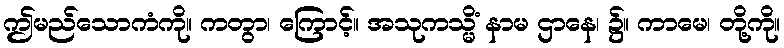
ဤမည်သောကံကို။ ကတွာ၊ ကြောင့်။ အသုကသ္မိံ နာမ ဌာနေ၊ ၌။ ကာမေ၊ တို့ကို။